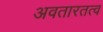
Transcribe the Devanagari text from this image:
अवतारतत्व